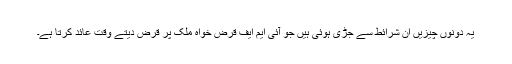
یہ دونوں چیزیں ان شرائط سے جڑی ہوئی ہیں جو آئی ایم ایف قرض خواہ ملک پر قرض دیتے وقت عائد کرتا ہے۔